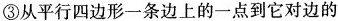
③从平行四边形一条边上的一点到它对边的